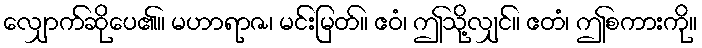
လျှောက်ဆိုပေ၏။ မဟာရာဇ၊ မင်းမြတ်။ ဧဝံ၊ ဤသို့လျှင်။ ဧတံ၊ ဤစကားကို။